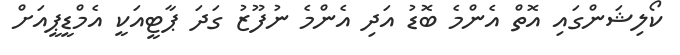
ކޯލިޝަންގައި އޮތް އެންމެ ބޮޑު އަދި އެންމެ ނުފޫޒު ގަދަ ޕާޓީއަކީ އެމްޑީޕީއަށް